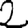
Digit: 2